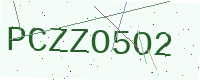
Text: PCZZO5O2